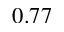
0 . 7 7